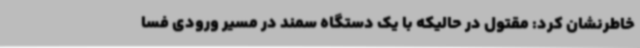
خاطرنشان کرد: مقتول در حالیکه با یک دستگاه سمند در مسیر ورودی فسا